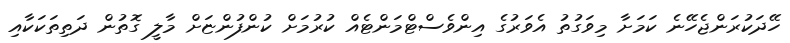
ހޭދަކުރަންޖެހޭނެ ކަމަށާ މިވަގުތު އެވަރުގެ އިންވެސްޓްމަންޓެއް ކުރުމަށް ކުންފުންޏަށް މާލީ ގޮތުން ދަތިތަކަކާއި